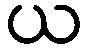
ယ